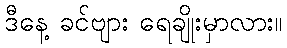
ဒီနေ့ ခင်ဗျား ရေချိုးမှာလား။